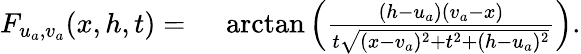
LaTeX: \begin{array}{rl}{F_{u_{a},v_{a}}(x,h,t)={}}&{{}\arctan{\left(\frac{(h-u_{a})(v_{a}-x)}{t\sqrt{(x-v_{a})^{2}+t^{2}+(h-u_{a})^{2}}}\right)}.}\end{array}